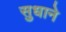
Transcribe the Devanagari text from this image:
सुधाने